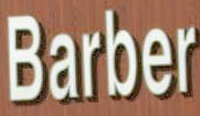
Barber